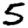
Digit: 5